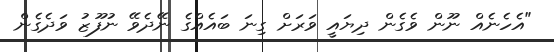
"އެހެނެއް ނޫން ވެގެން ދިޔައީ ވަރަށް ގިނަ ބައެއްގެ ނޭދެވޭ ނުފޫޒު ވަދެގެން